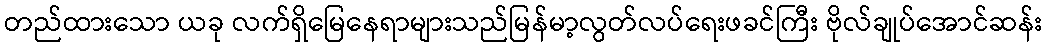
တည်ထားသော ယခု လက်ရှိမြေနေရာများသည်မြန်မာ့လွတ်လပ်ရေးဖခင်ကြီး ဗိုလ်ချုပ်အောင်ဆန်း